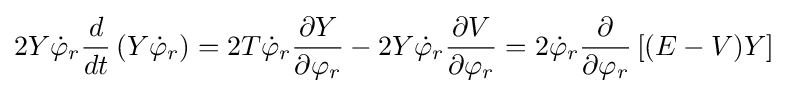
2Y{\dot {\varphi }}_{r}{\frac {d}{dt}}\left(Y{\dot {\varphi }}_{r}\right)=2T{\dot {\varphi }}_{r}{\frac {\partial Y}{\partial \varphi _{r}}}-2Y{\dot {\varphi }}_{r}{\frac {\partial V}{\partial \varphi _{r}}}=2{\dot {\varphi }}_{r}{\frac {\partial }{\partial \varphi _{r}}}\left[(E-V)Y\right]